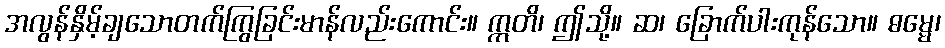
အလွန်နှိမ့်ချသောတက်ကြွခြင်းမာန်လည်းကောင်း။ ဣတိ၊ ဤသို့။ ဆ၊ ခြောက်ပါးကုန်သော။ ဓမ္မေ၊